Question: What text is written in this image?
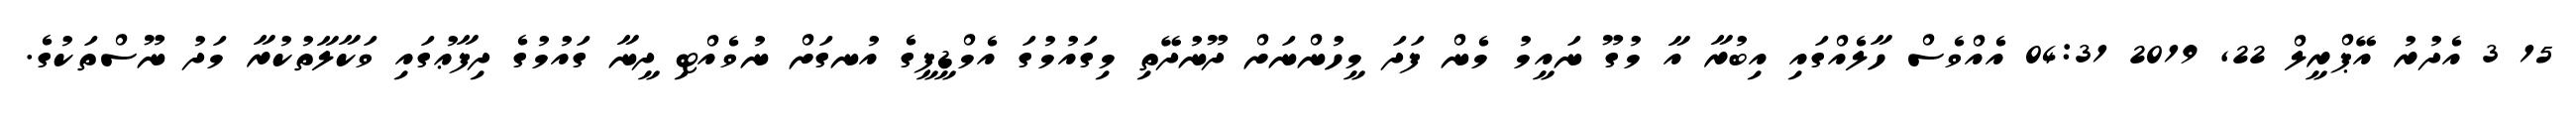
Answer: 15 3 އެދުރު އޭޕްރީލް 22, 2019 04:31 އެއްވެސް ހާލެއްގައި އިބުރާ އާ މުގޫ ނައީމު މެން ފަދަ މީހުންނަށް ދޫނުދޭތި މިގައުމުގަ އެމްޑީޕީގެ އުނގަށް ނުވެއްޓި ދީނާ ގައުމުގެ ދިފާޢުގައި ވަކާލާތުކުރާ މަދު ނޫސްތަކުގެ.